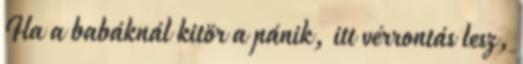
Ha a babáknál kitör a pánik, itt vérrontás lesz,